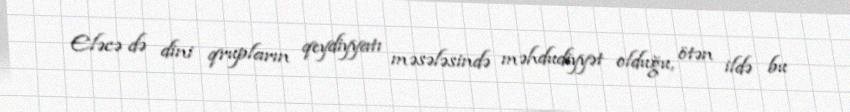
Eləcə də dini qrupların qeydiyyatı məsələsində məhdudiyyət olduğu, ötən ildə bu